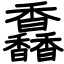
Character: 馫